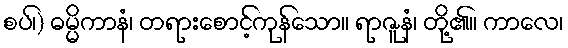
စပ်၊) ဓမ္မိကာနံ၊ တရားစောင့်ကုန်သော။ ရာဇူနံ၊ တို့၏။ ကာလေ၊